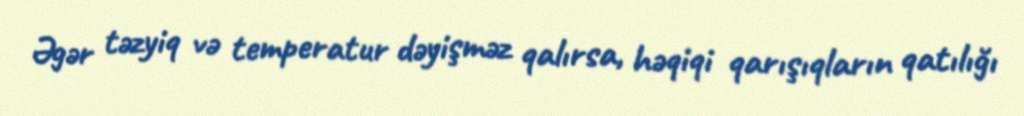
Əgər təzyiq və temperatur dəyişməz qalırsa, həqiqi qarışıqların qatılığı